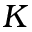
K